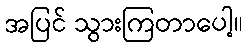
အပြင် သွားကြတာပေါ့။